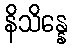
နိသိန္နေ